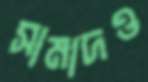
সামাদও